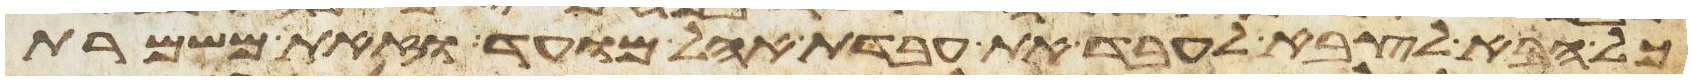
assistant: כל הבא לצבא לעבד את עבדת אהל מועד וזאת משמרת